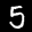
Label: 5